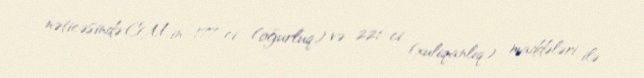
nəticəsində CM-in 177-ci (oğurluq) və 221-ci (xuliqanlıq) maddələri ilə